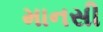
માનસી